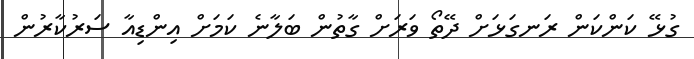
ގުޅޭ ކަންކަން ރަނގަޅަށް ދޭތޯ ވަރަށް ގާތުން ބަލާނެ ކަމަށް އިންޑިއާ ސަރުކާރުން